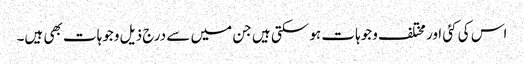
اس کی کئی اور مختلف وجوہات ہو سکتی ہیں جن میں سے درج ذیل وجوہات بھی ہیں۔